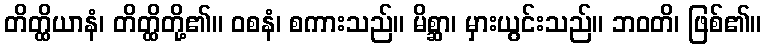
တိတ္ထိယာနံ၊ တိတ္ထိတို့၏။ ဝစနံ၊ စကားသည်။ မိစ္ဆာ၊ မှားယွင်းသည်။ ဘဝတိ၊ ဖြစ်၏။